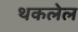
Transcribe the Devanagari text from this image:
थकलेल